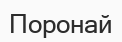
Поронай